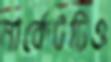
মার্কেটটিও